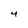
Character: 4